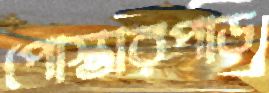
পোস্তারপাড়